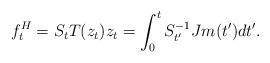
LaTeX: \begin{align*}f_{t}^{H}=S_{t}T(z_{t})z_{t}=\int_{0}^{t}S_{t^{\prime}}^{-1}Jm(t^{\prime})dt^{\prime}. \end{align*}